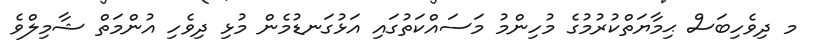
މ ދިވެހިބަސް ޙިމާޔަތްކުރުމުގެ މުހިންމު މަސައްކަތުގައި އަޅުގަނޑުމެން މުޅި ދިވެހި އުންމަތް ޝާމިލްވެ